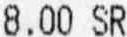
8.00 SR